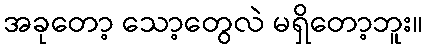
အခုတော့ သော့တွေလဲ မရှိတော့ဘူး။